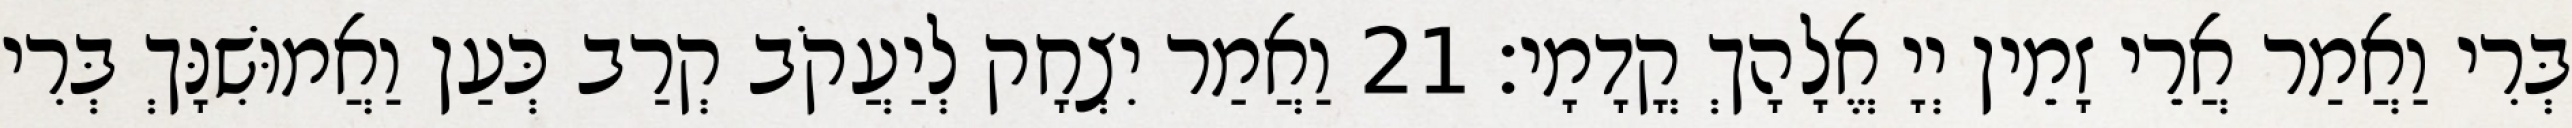
בְּרִי וַאֲמַר אֲרֵי זָמֵין יְיָ אֱלָהָךְ קֳדָמָי׃ 21 וַאֲמַר יִצְחָק לְיַעֲקֹב קְרַב כְּעַן וַאֲמוּשִׁנָּךְ בְּרִי